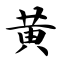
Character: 黄